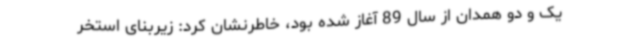
یک و دو همدان از سال 89 آغاز شده بود، خاطرنشان کرد: زیربنای استخر